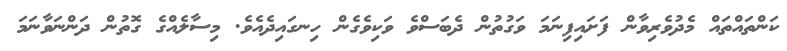
ކަންތައްތައް މެދުވެރިވާން ފަށައިފިނަމަ ވަގުތުން ދެބަސްވެ ވަކިވެގެން ހިނގައިދެއެވެ. މިސާލެއްގެ ގޮތުން ދަންނަވާނަމަ